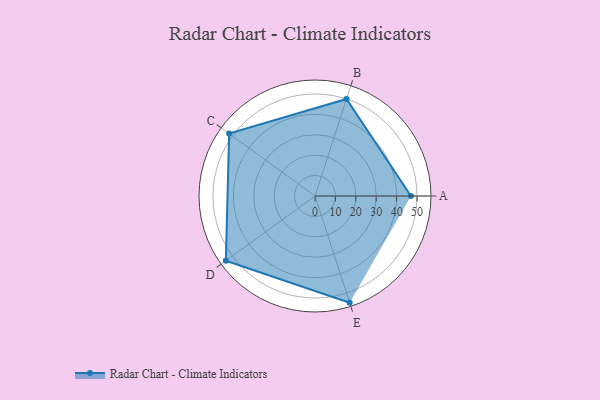
{"axis": {"x": "Skill", "y": "Score"}, "legend": ["Profile"], "data": [{"x": "A", "y": 47.0, "type": "Profile"}, {"x": "B", "y": 50.0, "type": "Profile"}, {"x": "C", "y": 52.0, "type": "Profile"}, {"x": "D", "y": 54.0, "type": "Profile"}, {"x": "E", "y": 55.0, "type": "Profile"}]}